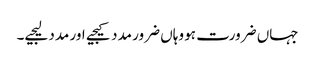
جہاں ضرورت ہو وہاں ضرور مدد کیجیے اور مدد لیجیے۔